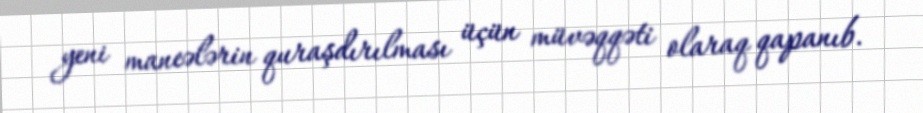
yeni maneələrin quraşdırılması üçün müvəqqəti olaraq qapanıb.